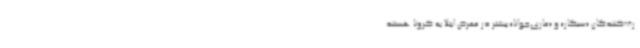
رف‌کنندگان «سیگار» و «ماری‌جوانا» بیشتر در معرض ابتلا به کرونا هستند